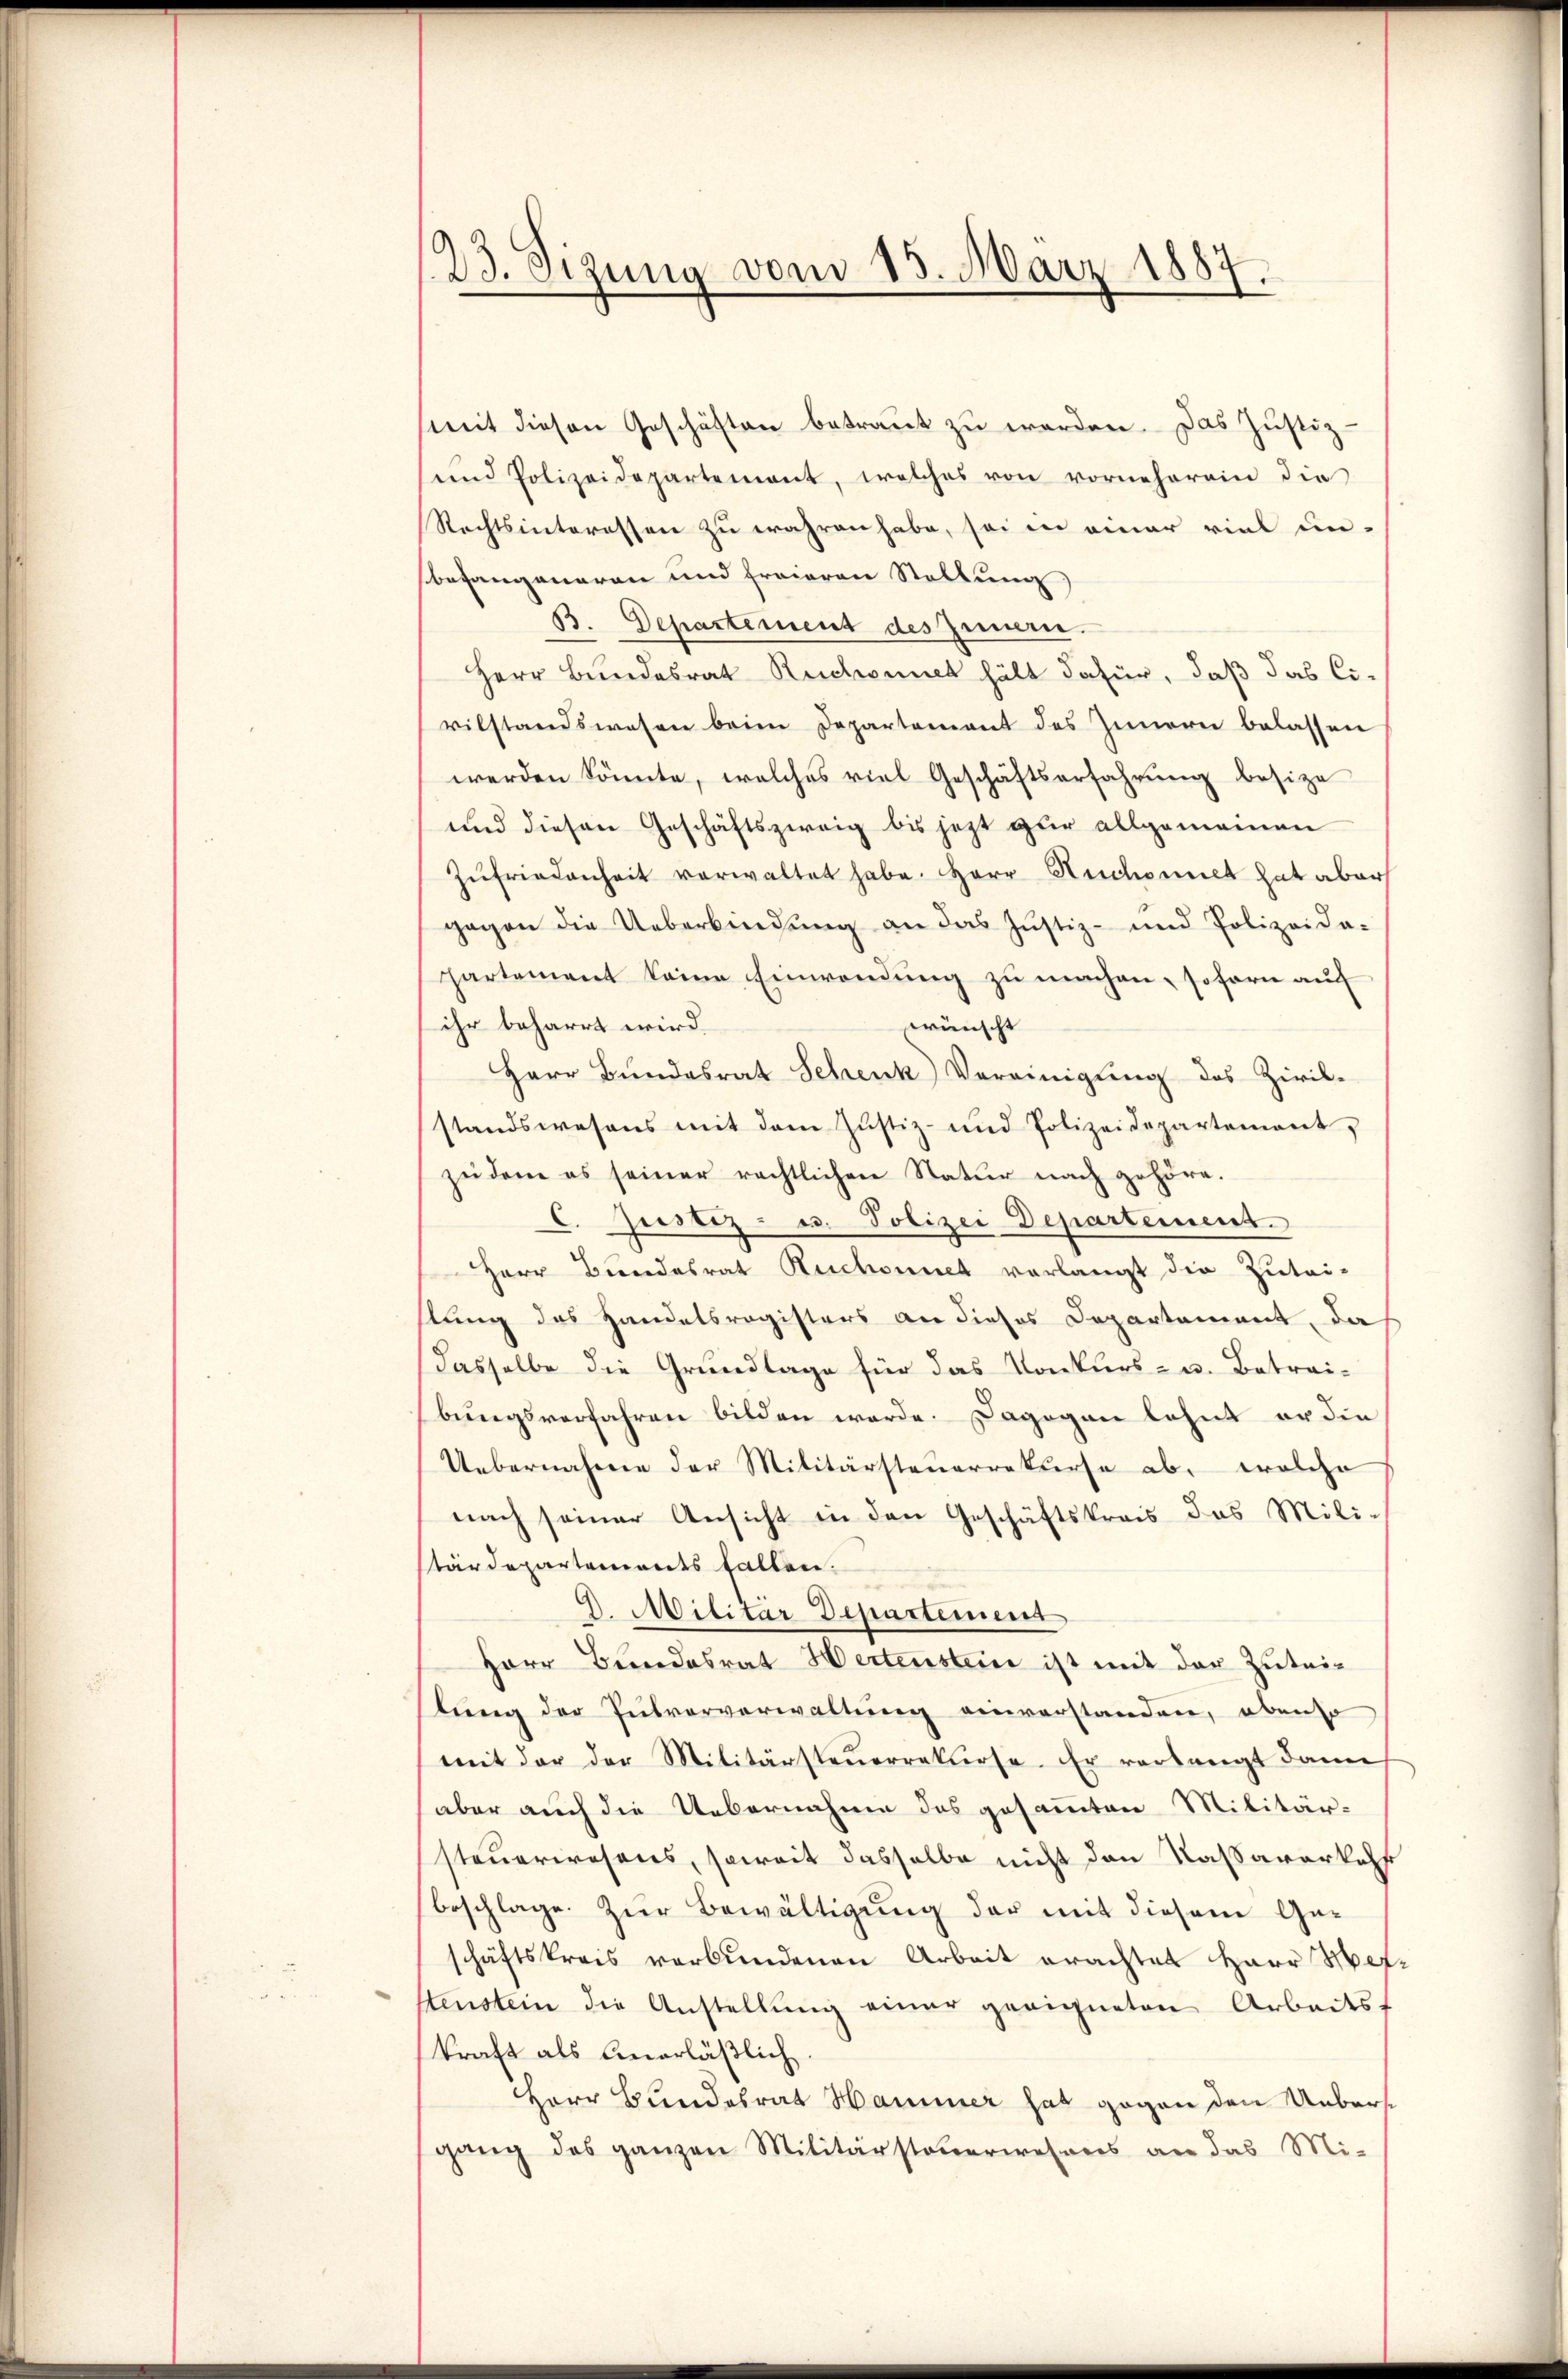
23. Sizung vom 15. März 1887.

(mit diesen Geschäften betraut zu werden. Das Justiz-
und Polizeidepartement, welches von vorneherein die
Rechtsinteressen zu wahren habe, sei in einer viel un-
befangeneren und freieren Stellung
B. Departement des Innern.
Herr Bundesrat Ruchonnet hält dafür, daß das Civilstandswesen beim Departement des Innern belassen
werden könnte, welches viel Geschäftserfahrŭng besize
und diesen Geschäftszweig bis jezt zur allgemeinen
Zŭfriedenheit verwaltet habe. Herr Ruchomiet hat aber
gegen die Ueberbindung an das Justiz- und Polizeida-
partement keine Einwendung zu machen, sofern auf
ihr beharrt wird.
wünscht
Herr Bundesrat Schenk Vereinigung des Zivil-
standswesens mit dem Justiz- und Polizeidepartement,
zudem es seiner rechtlichen Natur nach gehöre.
2. Justiz- u. Polizei Departement.
Herr Bundesrat Ruchonnet verlangt die Zutaistung des Handelsregisters an dieses Departement, da
dasselbe die Grundlage für das Konkurs- u. Betreibungsverfahren bilden werde. Dagegen lehnt er die
Uebernahme der Militärsteuerrekurse ab, welche
nach seiner Ansicht in den Geschäftskrais das Militärdepartements fallen.
D. Militär Departement
Herr Bundesrat Hertenstein ist mit der Zuteilung der Pulververwaltung einverstanden, obenso
mit der der Militärsteŭerrekurse. Er verlangt dann
aber auch die Uebernahme des gesammten Militär-
steuerwesens, soweit dasselbe nicht den Kassaverkehr
beschlage. Zur Bewältigung der mit diesem Geschäftskreis verbundenen Arbeit erachtet Herr Herstenstein die Anstellung einer geeigneten Arbeitskraft als unerläßlich
Herr Bundesrat Hammer hat gegen den Uebersgang des ganzen Militärsteuerwesens an das Mi-